Vaccination in Bombay 1902-1912 - 1902-1912
Year: 1902
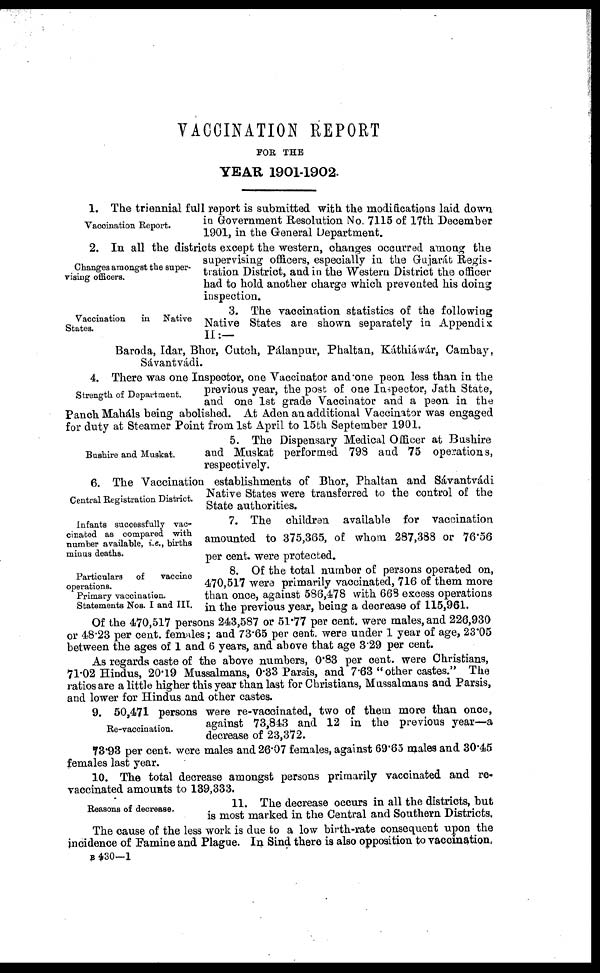
VACCINATION REPORT
FOR THE
YEAR 1901-1902.
Vaccination Report.
1. The triennial full report is submitted with the modifications laid down
in Government Resolution No. 7115 of 17th December
1901, in the General Department.
Changes amongst the super-
vising officers.
2. In all the districts except the western, changes occurred among the
supervising officers, especially in the Gujarát Regis-
tration District, and in the Western District the officer
had to hold another charge which prevented his doing
inspection.
Vaccination
in
Native
States.
3. The vaccination statistics of the following
Native States are shown separately in Appendix
II:—
Baroda, Idar, Bhor, Cutch, Pálanpur, Phaltan, Káthiáwár, Cambay,
Sávantvádi.
Strength of Department.
4. There was one Inspector, one Vaccinator and one peon less than in the
previous year, the post of one Inspector, Jath State,
and one 1st grade Vaccinator and a peon in the
Panch Maháls being abolished. At Aden an additional Vaccinator was engaged
for duty at Steamer Point from 1st April to 15th September 1901.
Bushire and Muskat.
5. The Dispensary Medical Officer at Bushire
and Muskat performed 798 and 75 operations,
respectively.
Central Registration District.
6. The Vaccination establishments of Bhor, Phaltan and Sávantvádi
Native States were transferred to the control of the
State authorities.
Infants successfully vac-
cinated as compared with
number available, i.e., births
minus deaths.
7. The children available for vaccination
amounted to 375,365, of whom 287,388 or 76.56
per cent. were protected.
Particulars
of
vaccine
operations.
Primary vaccination.
Statements Nos. I and III.
8. Of the total number of persons operated on,
470,517 were primarily vaccinated, 716 of them more
than once, against 586,478 with 668 excess operations
in the previous year, being a decrease of 115,961.
Of the 470,517 persons 243,587 or 51.77 per cent. were males, and 226,930
or 48.23 per cent. females; and 73.65 per cent. were under 1 year of age, 23.05
between the ages of 1 and 6 years, and above that age 3.29 per cent.
As regards caste of the above numbers, 0.83 per cent. were Christians,
71.02 Hindus, 20.19 Mussalmans, 0.33 Parsis, and 7.63 " other castes." The
ratios are a little higher this year than last for Christians, Mussalmans and Parsis,
and lower for Hindus and other castes.
Re-vaccination.
9. 50,471 persons were re-vaccinated, two of them more than once,
against 73,843 and 12 in the previous year—a
decrease of 23,372.
73.93 per cent. were males and 26.07 females, against 69.65 males and 30.45
females last year.
10. The total decrease amongst persons primarily vaccinated and re¬
vaccinated amounts to 139,333.
Reasons of decrease.
11. The decrease occurs in all the districts, but
is most marked in the Central and Southern Districts,
The cause of the less work is due to a low birth-rate consequent upon the
incidence of Famine and Plague. In Sind there is also opposition to vaccination,
B 430—1